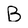
Character: B